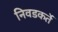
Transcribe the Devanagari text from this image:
निवडकर्ते